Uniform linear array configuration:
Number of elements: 12
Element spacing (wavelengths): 0.5
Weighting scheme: cosine
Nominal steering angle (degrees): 15
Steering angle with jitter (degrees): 15.44
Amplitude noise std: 0.05
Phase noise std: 0.05

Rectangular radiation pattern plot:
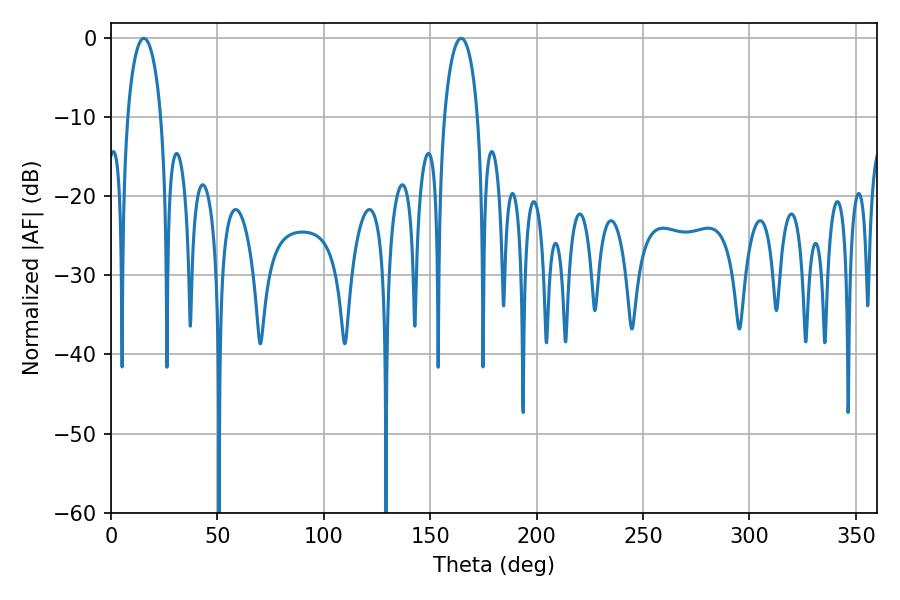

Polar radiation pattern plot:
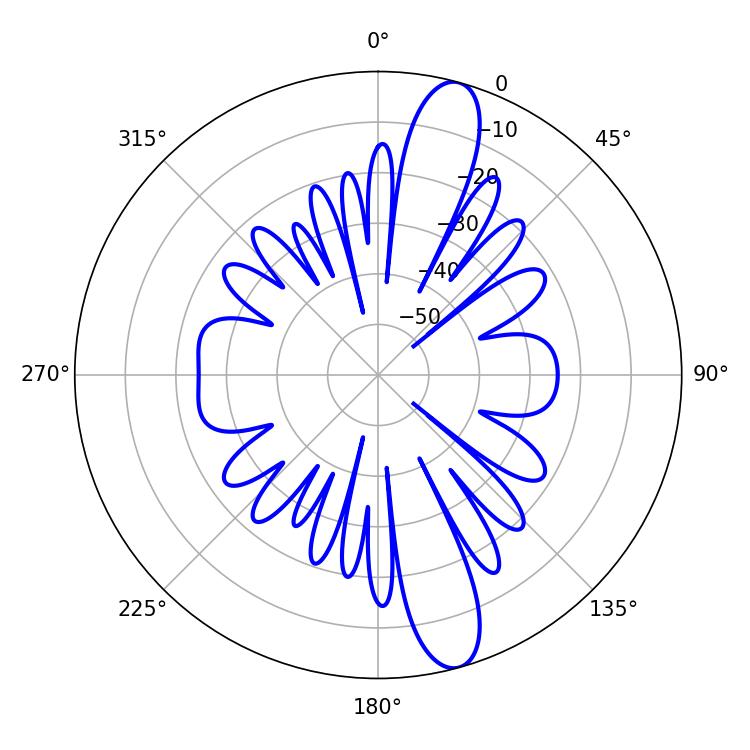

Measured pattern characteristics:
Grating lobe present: FALSE
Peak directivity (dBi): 13.42
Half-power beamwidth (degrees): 9
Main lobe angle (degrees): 15.48